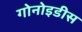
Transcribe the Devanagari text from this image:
गोनोइडीस